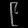
Digit: ၉